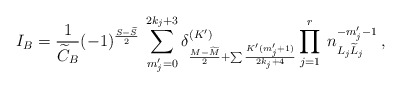
\begin{align*}I_B = \frac{1}{\widetilde C_B}(-1)^{\frac{S-\widetilde{S}}{2}}\:\sum_{m_j'=0}^{2k_j+3}\delta_{\frac{M-\widetilde{M}}{2}+\sum\frac{K'(m_j'+1)}{2k_j+4}}^{(K')}\prod_{j=1}^{r}\:n_{L_j \widetilde{L}_j}^{-m_j'-1}\:,\end{align*}